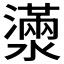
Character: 𤁞